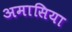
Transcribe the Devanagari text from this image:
अमासिया